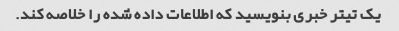
یک تیتر خبری بنویسید که اطلاعات داده شده را خلاصه کند.